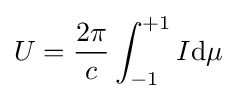
U={\frac {2\pi }{c}}\int _{-1}^{+1}I\mathrm {d} \mu